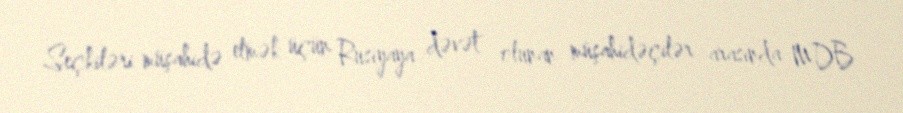
Seçkiləri müşahidə etmək üçün Rusiyaya dəvət olunan müşahidəçilər arasında MDB